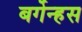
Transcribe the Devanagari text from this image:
बर्गेन्हस